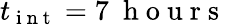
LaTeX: t_{\mathrm{~i~n~t~}}=7~\mathrm{~h~o~u~r~s~}